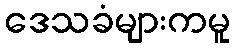
ဒေသခံများကမူ